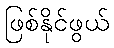
ဖြစ်နိုင်ဖွယ်